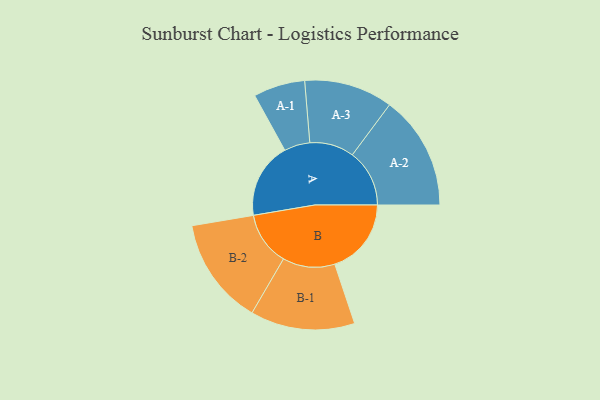
{"axis": {"x": "Segment", "y": "Value"}, "legend": ["", "A", "B"], "data": [{"x": "A", "y": 355, "type": ""}, {"x": "B", "y": 359, "type": ""}, {"x": "A-1", "y": 121, "type": "A"}, {"x": "A-2", "y": 268, "type": "A"}, {"x": "A-3", "y": 208, "type": "A"}, {"x": "B-1", "y": 245, "type": "B"}, {"x": "B-2", "y": 252, "type": "B"}]}